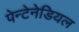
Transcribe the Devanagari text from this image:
पेन्टेनेडियल